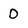
Character: 0